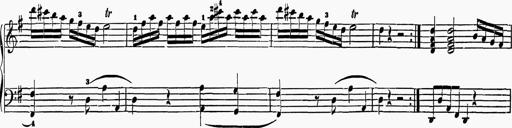
Title: 6 Sonatas
Composer: Muzio Clementi